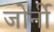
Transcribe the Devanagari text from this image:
जोर्नी